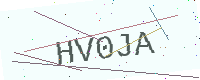
Text: HV0JA